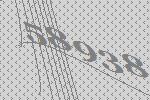
58938